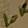
Text: 10K